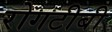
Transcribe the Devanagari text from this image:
रोगटीबी